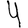
Digit: 4